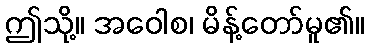
ဤသို့။ အဝေါစ၊ မိန့်တော်မူ၏။